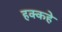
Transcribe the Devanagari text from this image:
हक्कहे